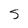
Character: S